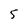
Character: 5